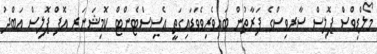
މޯލްޑިވްސް ޕޮލިސް ސާރވިސްގެ ފަރާތުން ބައިވެރިވެވަޑައިގަތީ އެސިސްޓެންޓް ކޮމިޝަނަރ އޮފް ޕޮލިސް ޢަބްދު